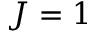
J = 1